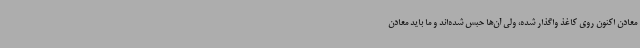
معادن اکنون روی کاغذ واگذار شده، ولی آن‌ها حبس شده‌اند و ما باید معادن